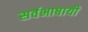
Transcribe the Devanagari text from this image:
सर्वभाषायी